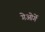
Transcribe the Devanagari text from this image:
गेओर्गे